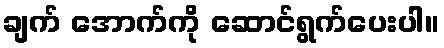
ချက် အောက်ကို ဆောင်ရွက်ပေးပါ။